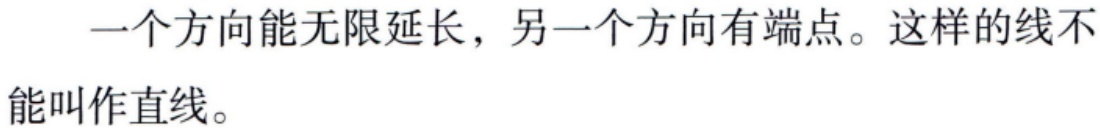
一个方向能无限延长，另一个方向有端点。这样的线不能叫作直线。